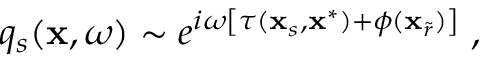
q _ { s } ( \mathbf { x } , \omega ) \sim e ^ { i \omega \left[ \tau ( \mathbf { x } _ { s } , \mathbf { x } ^ { * } ) + \phi ( \mathbf { x } _ { \widetilde { r } } ) \right] } \; ,